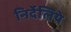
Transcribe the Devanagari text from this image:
निर्देलिये